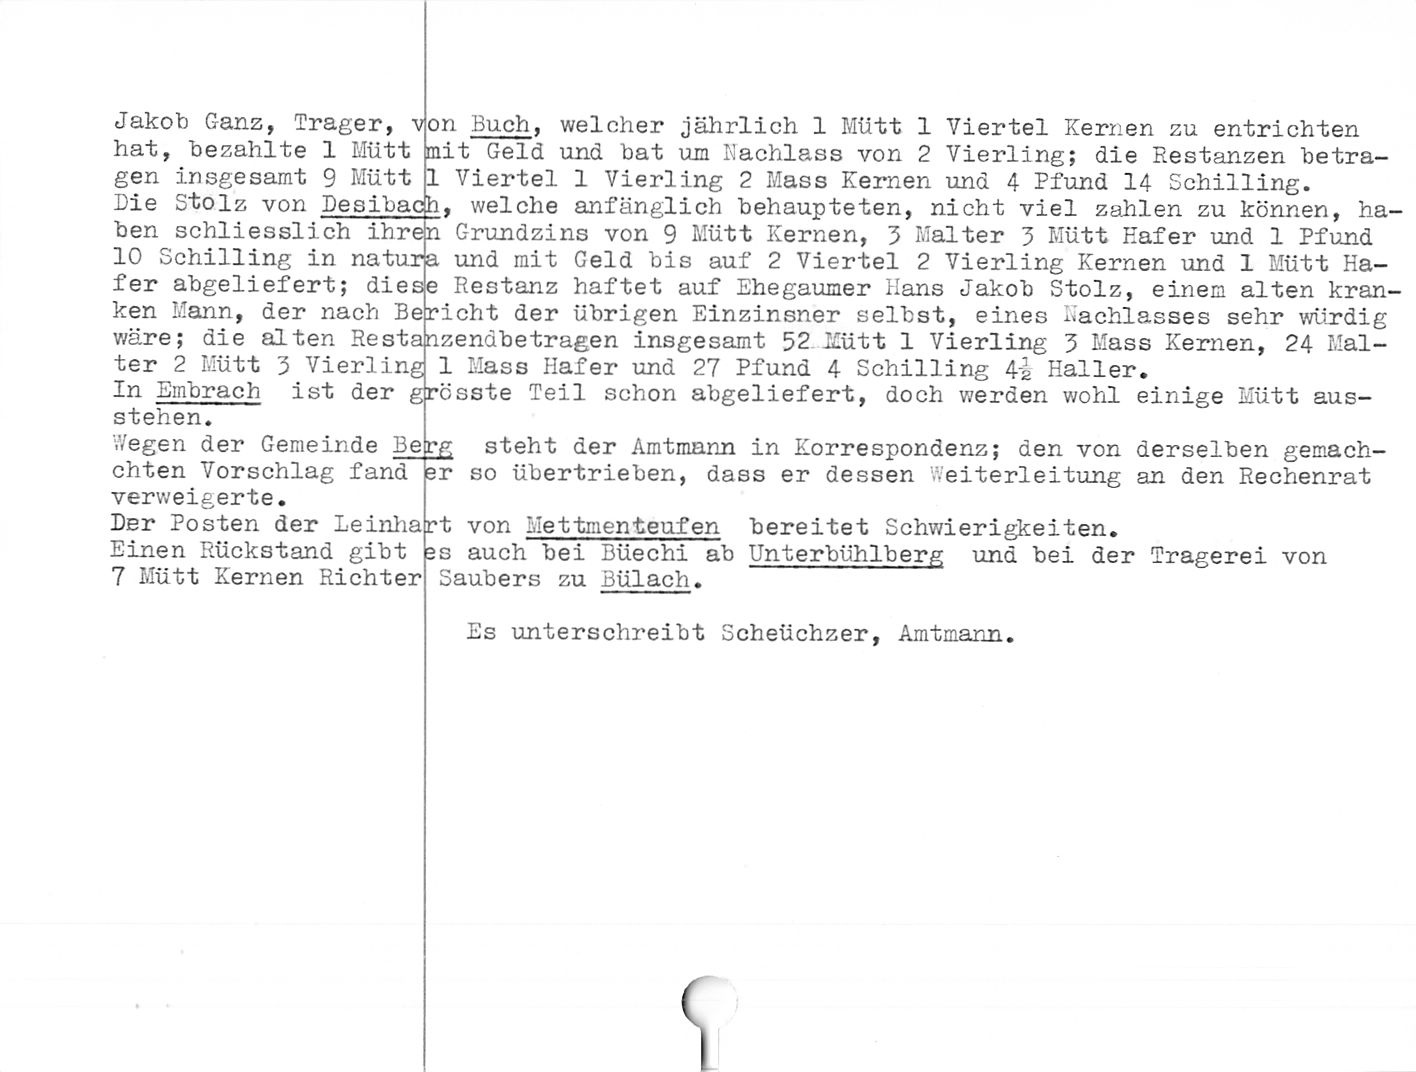
Jakob Ganz, Träger, v|
hat, bezahlte 1 Mütt
gen insgesamt 9 Mütt
Die Stolz von Desiba
ben

ch

schliesslich ihr
10 Schilling in natu,
fer abgeliefert; die
ken Mann, der nach Be
wäre; die alten Rest
ter 2 Mütt Z Vierling
In Embrach ist der

stehen.

Wegen der Gemeinde Be
chten Vorschlag fand
verweigerte.

Der Posten der Leinha
Einen Rückstand gibt
7 Mütt Kernen Richter

on Buch, welcher jährlich 1 Mütt 1 Viertel Kernen zu entrichten
mit Geld und bat um Nachlass von 2 Vierling; die Restanzen betra-
1 Viertel 1 Vierling 2 Mass Kernen und 4 Pfund 14 Schilling.

welche anfänglich behaupteten, nicht viel zahlen zu können, ha-
Grundzins von 9 Mütt Kernen, 5 Malter 5 Mütt Käfer und 1 Pfund
und mit Geld bis auf 2 Viertel 2 Vierling Kernen und 1 Mütt Ha-
Restanz haftet auf Ehegaumer Hans Jakob Stolz, einem alten kran¬
richt der übrigen Einzinsner selbst, eines Nachlasses sehr würdig
zendbetragen insgesamt 52 Lütt 1 Vierling Z Lass Kernen, 24 Mal-
1 Lass Käfer und 27 Pfund 4 Schilling 4i Haller,
csste Teil schon abgeliefert, doch werden wohl einige Mütt aus-

en

ra

se

an

t r

steht der Amtmann in Korrespondenz; den von derselben gemach¬
er so übertrieben, dass er dessen Weiterleitung an den Rechenrat

rt von Mettmenteufen bereitet Schwierigkeiten.

es auch bei Büechi ab Unterbühlberg
Saubers zu Bülach.

und bei der Tragerei von

Es unterschreibt Scheüchzer, Amtmann.